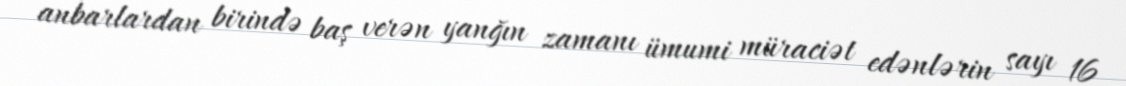
anbarlardan birində baş verən yanğın zamanı ümumi müraciət edənlərin sayı 16